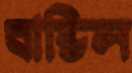
বান্ডিল